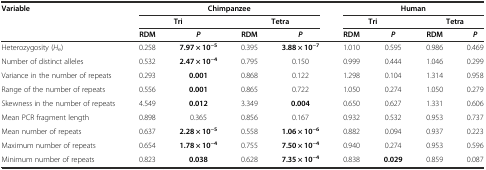
<table><thead><tr><td rowspan="3"><b>Variable</b></td><td colspan="4"><b>Chimpanzee</b></td><td colspan="4"><b>Human</b></td></tr><tr><td colspan="2"><b>Tri</b></td><td colspan="2"><b>Tetra</b></td><td colspan="2"><b>Tri</b></td><td colspan="2"><b>Tetra</b></td></tr><tr><td><b>RDM</b></td><td><b><i>P</i></b></td><td><b>RDM</b></td><td><b><i>P</i></b></td><td><b>RDM</b></td><td><b><i>P</i></b></td><td><b>RDM</b></td><td><b><i>P</i></b></td></tr></thead><tbody><tr><td>Heterozygosity (<i>H</i><sub>e</sub>)</td><td>0.258</td><td><b>7.97 × 10</b><sup><b>-5</b></sup></td><td>0.395</td><td><b>3.88 × 10</b><sup><b>-7</b></sup></td><td>1.010</td><td>0.595</td><td>0.986</td><td>0.469</td></tr><tr><td>Number of distinct alleles</td><td>0.532</td><td><b>2.47 × 10</b><sup><b>-4</b></sup></td><td>0.795</td><td>0.150</td><td>0.999</td><td>0.444</td><td>1.046</td><td>0.299</td></tr><tr><td>Variance in the number of repeats</td><td>0.293</td><td><b>0.001</b></td><td>0.868</td><td>0.122</td><td>1.298</td><td>0.104</td><td>1.314</td><td>0.958</td></tr><tr><td>Range of the number of repeats</td><td>0.556</td><td><b>0.001</b></td><td>0.865</td><td>0.722</td><td>1.050</td><td>0.274</td><td>1.050</td><td>0.279</td></tr><tr><td>Skewness in the number of repeats</td><td>4.549</td><td><b>0.012</b></td><td>3.349</td><td><b>0.004</b></td><td>0.650</td><td>0.627</td><td>1.331</td><td>0.606</td></tr><tr><td>Mean PCR fragment length</td><td>0.898</td><td>0.365</td><td>0.856</td><td>0.167</td><td>0.932</td><td>0.532</td><td>0.953</td><td>0.737</td></tr><tr><td>Mean number of repeats</td><td>0.637</td><td><b>2.28 × 10</b><sup><b>-5</b></sup></td><td>0.558</td><td><b>1.06 × 10</b><sup><b>-6</b></sup></td><td>0.882</td><td>0.094</td><td>0.937</td><td>0.223</td></tr><tr><td>Maximum number of repeats</td><td>0.654</td><td><b>1.78 × 10</b><sup><b>-4</b></sup></td><td>0.755</td><td><b>7.50 × 10</b><sup><b>-4</b></sup></td><td>0.940</td><td>0.274</td><td>0.953</td><td>0.596</td></tr><tr><td>Minimum number of repeats</td><td>0.823</td><td><b>0.038</b></td><td>0.628</td><td><b>7.35 × 10</b><sup><b>-4</b></sup></td><td>0.838</td><td><b>0.029</b></td><td>0.859</td><td>0.087</td></tr></tbody></table>